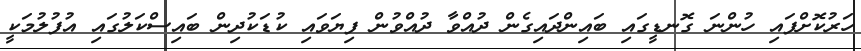
ހަރުކޮށްފައި ހުންނަ ގޮނޑީގައި ބައިންދައިގެން ދުއްވާ ދުއްވުން ފިޔަވައި ކުޑަކުދިން ބައިސްކަލުގައި އުފުލުމަކީ